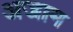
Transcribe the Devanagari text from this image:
अजाम